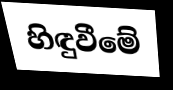
හිඳුවීමේ